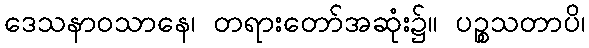
ဒေသနာဝသာနေ၊ တရားတော်အဆုံး၌။ ပဉ္စသတာပိ၊